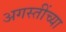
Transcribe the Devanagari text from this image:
अगस्तींच्या